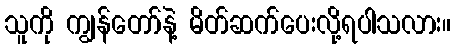
သူကို ကျွန်တော်နဲ့ မိတ်ဆက်ပေးလို့ရပါသလား။